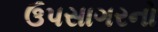
ઉપસાગરનો